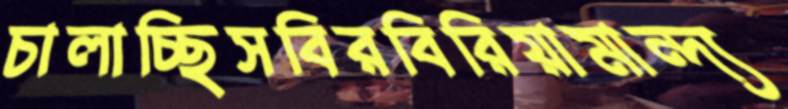
চালাচ্ছিসবিরবিরিয়ামান্দ্য